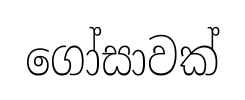
ගෝසාවක්